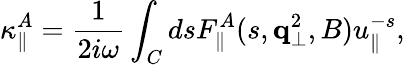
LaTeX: \kappa_{\parallel}^{A}={\frac{1}{2i\omega}}\int_{C}dsF_{\parallel}^{A}(s,{\mathbf q}_{\bot}^{2},B)u_{\parallel}^{-s},